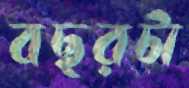
বছরটা